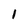
Character: I